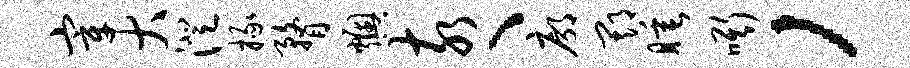
宰大澄掾瞀燠亥、廓期睡嘶，